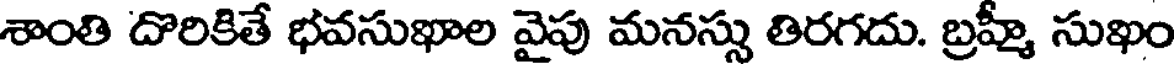
శాంతి దొరికితే భవసుఖాల వైపు మనస్సు తిరగదు. బ్రహ్మీ సుఖం